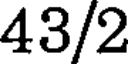
43/2